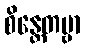
စိန္တေတဗ္ဗာ